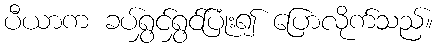
ပီယာက ခပ်ရွှင်ရွှင်ပြုံး၍ ပြောလိုက်သည်။